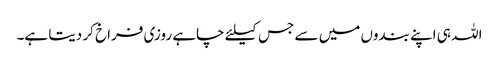
اللہ ہی اپنے بندوں میں سے جس کیلئے چاہے روزی فراخ کر دیتا ہے۔